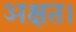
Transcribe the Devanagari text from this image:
अक्षत।